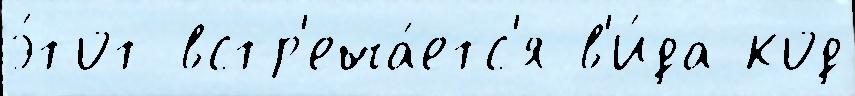
э́тот встр'еча́етс'я в'и́да код